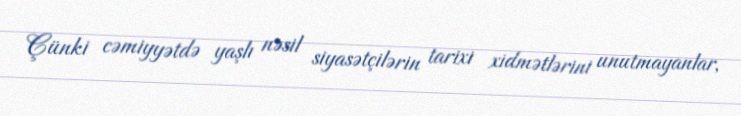
Çünki cəmiyyətdə yaşlı nəsil siyasətçilərin tarixi xidmətlərini unutmayanlar,